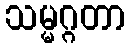
သမ္မဂ္ဂတာ